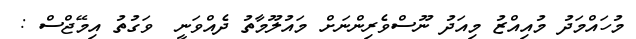
މުހައްމަދު މުއިއްޒު މިއަދު ނޫސްވެރިންނަށް މައުލޫމާތު ދެއްވަނީ  ވަގުތު އިމޭޖްސް :